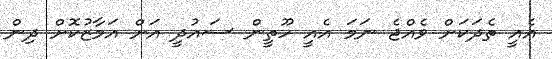
އެއީ ތެދަކަށް ވެއްޖެ ނަމަ އެއީ ހޫތީން ސައުދީ އަށް އަމާޒުކޮށް ދިން